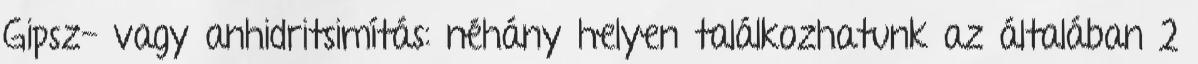
Gipsz- vagy anhidritsimítás: néhány helyen találkozhatunk az általában 2